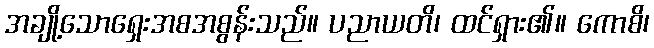
အချို့သောရှေးအစအစွန်းသည်။ ပညာယတိ၊ ထင်ရှား၏။ ကောစိ၊